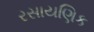
રસાયણિક